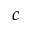
c